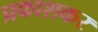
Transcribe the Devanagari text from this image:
प्रकाशकर